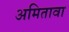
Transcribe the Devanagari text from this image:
अमितावा